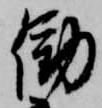
働